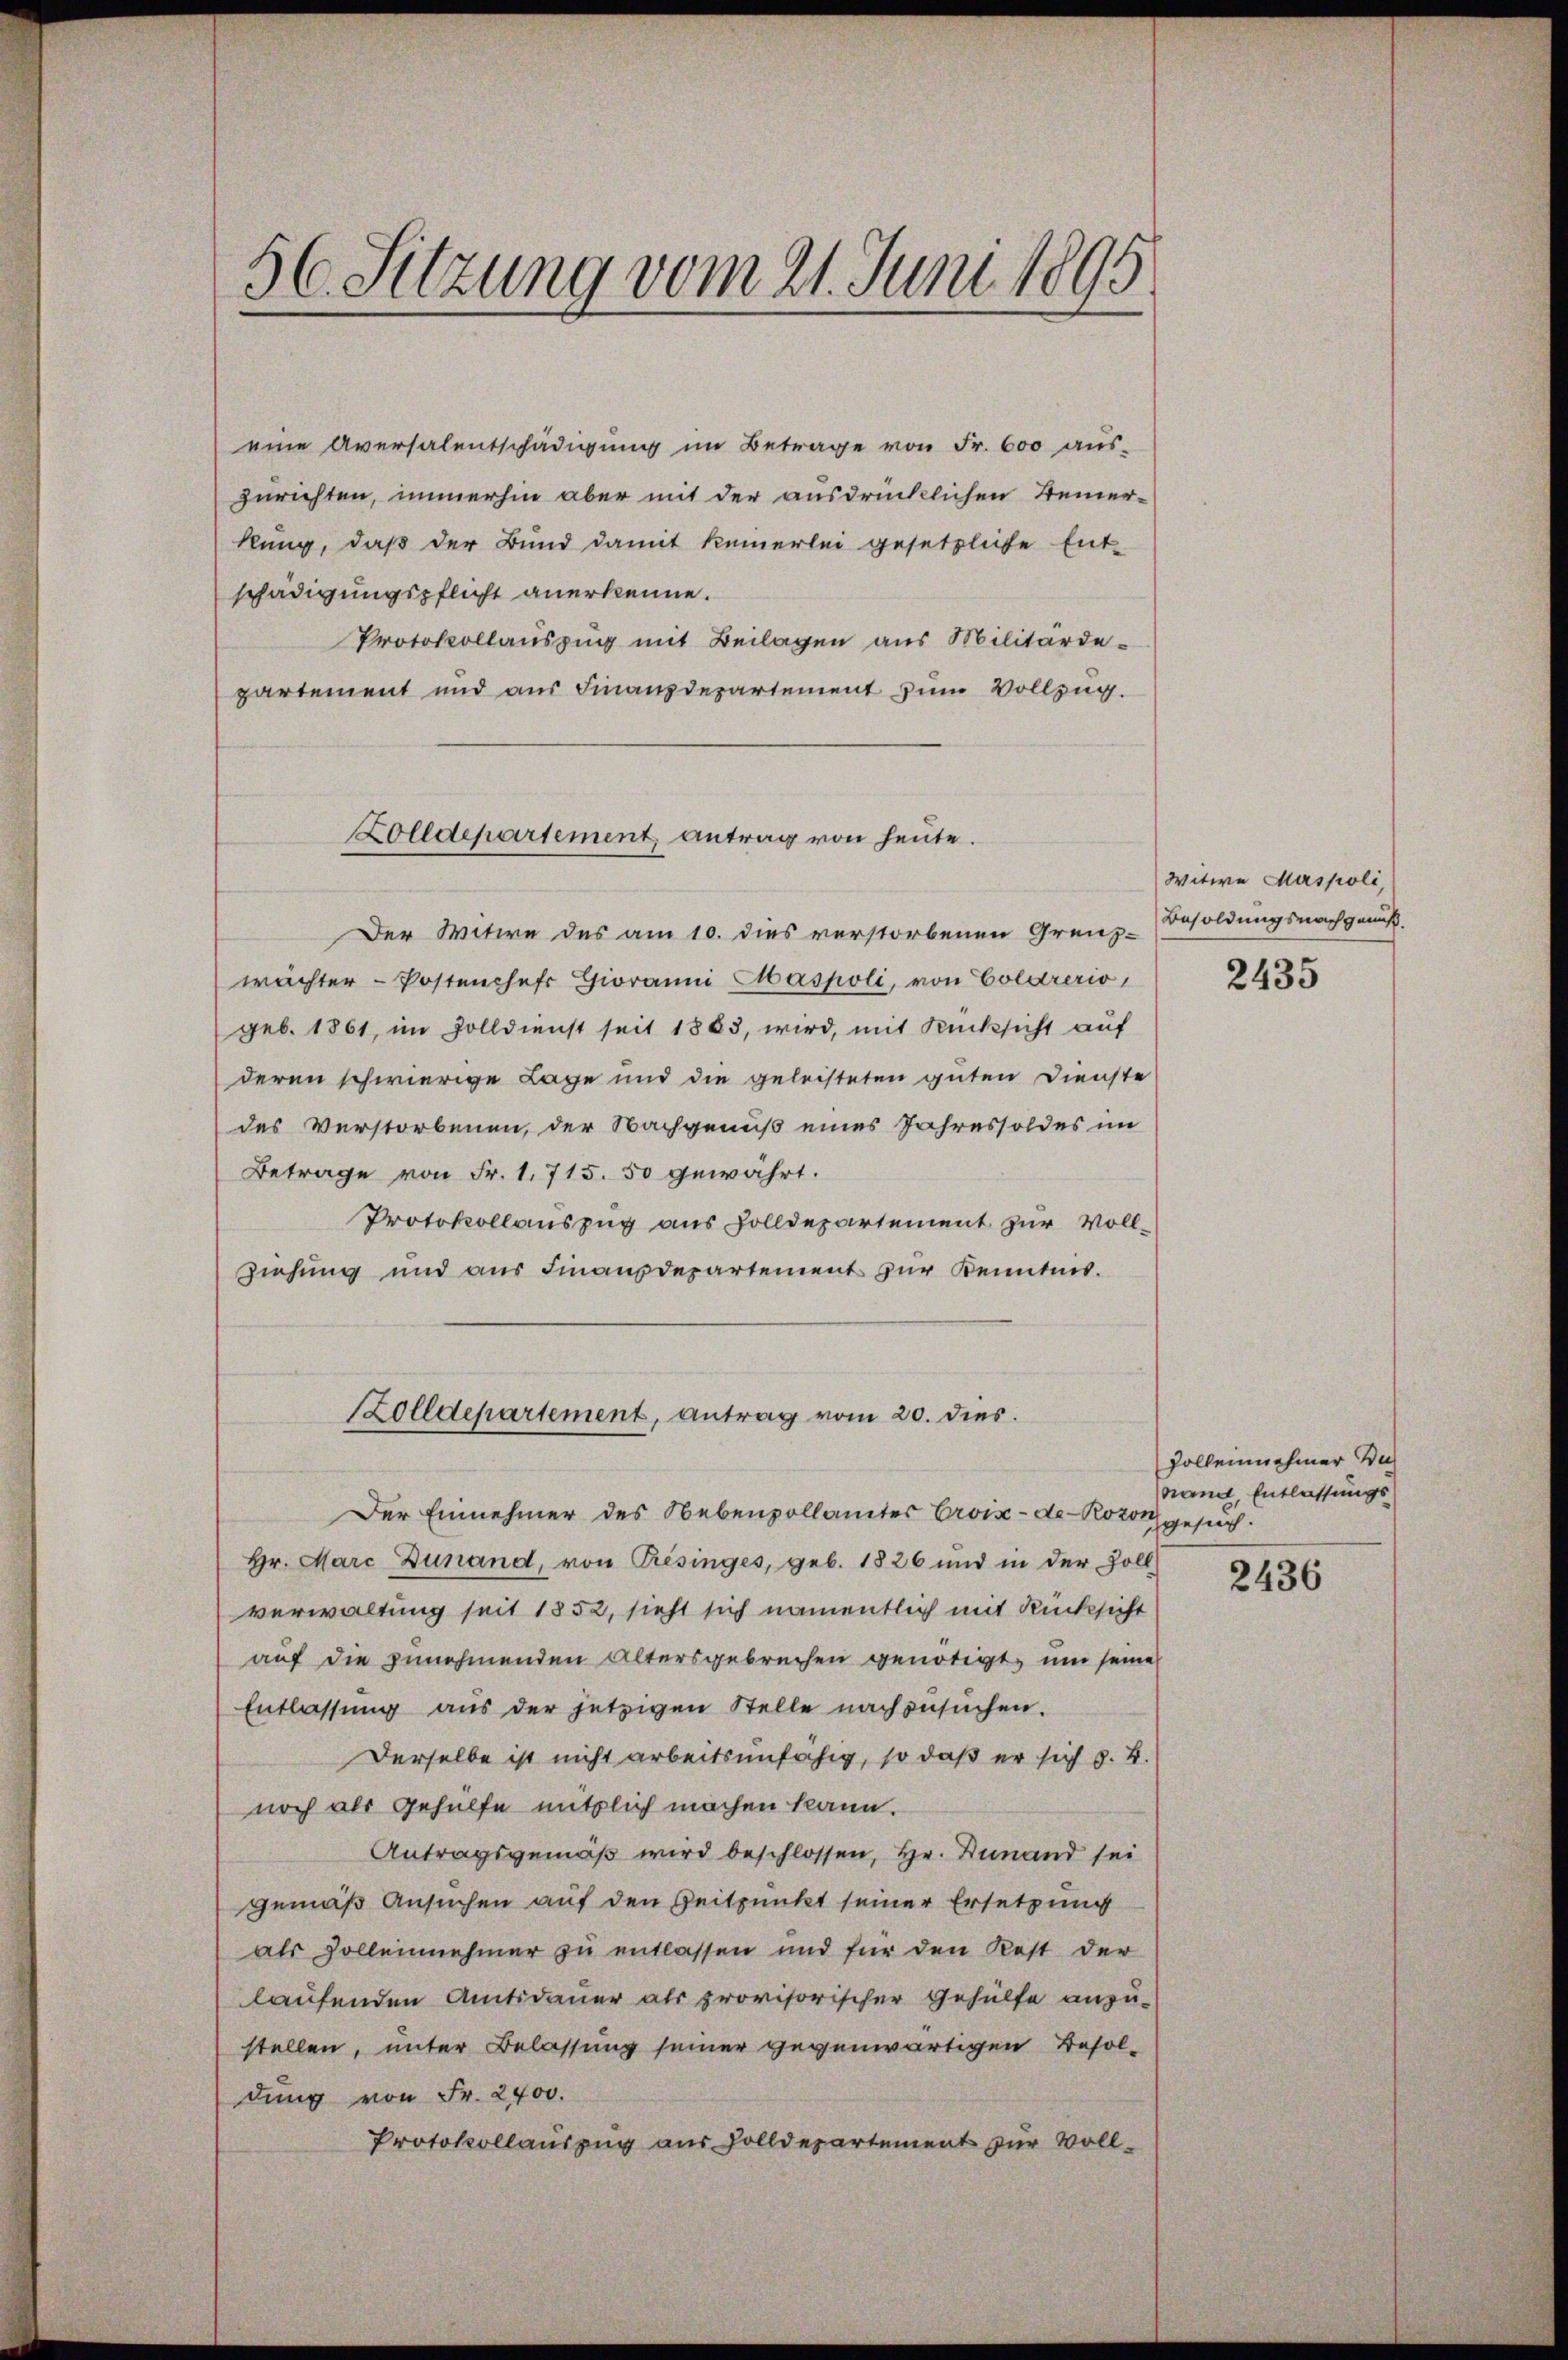
56. Sitzung vom 21. Juni 1895

eine Aversalentschädigŭng im Betrage von Fr. 600 aŭs-
zurichten, immerhin aber mit der ausdrücklichen Semerkung, daß der Bund damit keinerlei gesetzliche Ent-
schädigungspflicht anerkenne.
Protokollauszug mit Beilagen aus Militärdepartement und aus Finanzdepartement zum Vollzug.
Der Witwe des am 10. dies verstorbenen Grenz-
wächter-Postenchef Gioramni Caspoli, von Colarerio,
geb. 1861, im Zolldienst seit 1863, wird, mit Rücksicht auf
deren schwierige Lage und die geleisteten guten Dienste
des Verstorbenen, der Nachgenuß eines Jahressoldes im
Betrage von Fr. 1. 715. 50 gewahrt.
Protokollauszug aus Zolldepartement zur Vollziehung und aus Finanzdepartement zur Kenntnis.
Zolldepartement, antrag vom 20. dies.
Der Einnehmer des Nebenvollamter Erois-de-Rozon
Hr. Marc Dunand, von Resinges, geb. 1826 und in der Zoll
verwaltung seit 1852, sieht sich namentlich mit Rücksicht
auf die zunehmenden Altersgebrechen genötigt, um seine
Entlassung aus der jetzigen Stelle nachzusuchen.
Derselbe ist nicht arbeitsunfähig, so daß er sich z. B.
noch als Gehülfe entzlich machen kann.
Antragsgemäß wird beschlossen, Hr. Finand sei
gemäß Ansuchen auf den Zeitpunkt seiner Ersetzung
als Zollennehmer zu entlassen und für den Rest der
laufenden Amtsdauer als provisorischer Gehülfe anzu-
stellen, unter Belassung seiner gegenwärtigen Besoldung von Fr. 2400.
Protokollauszug aus Zolldepartement zur Voll¬

Zolldepartement antrag von heute.

Witwe Maspoli
Besoldungsnachgenuß.

2435

Vollennehmer die
and, Entlassungs
gesuch.

2436